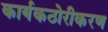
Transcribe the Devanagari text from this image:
कार्यकठोरीकरण